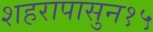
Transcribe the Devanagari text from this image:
शहरापासुन१५